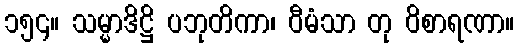
၁၅၄။ သမ္မာဒိဋ္ဌိ ပဘုတိကာ၊ ဝီမံသာ တု ဝိစာရဏာ။